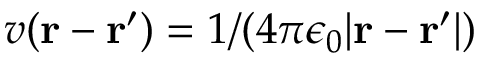
v ( \mathbf { r } - \mathbf { r } ^ { \prime } ) = 1 / ( 4 \pi \epsilon _ { 0 } | \mathbf { r } - \mathbf { r } ^ { \prime } | )